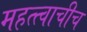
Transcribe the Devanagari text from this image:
महत्त्वाचीच